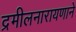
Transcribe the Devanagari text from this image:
द्रमीलनारायणाने